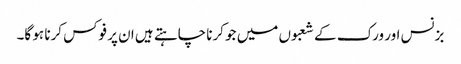
بزنس اور ورک کے شعبوں میں جو کرنا چاہتے ہیں ان پر فوکس کرنا ہو گا۔